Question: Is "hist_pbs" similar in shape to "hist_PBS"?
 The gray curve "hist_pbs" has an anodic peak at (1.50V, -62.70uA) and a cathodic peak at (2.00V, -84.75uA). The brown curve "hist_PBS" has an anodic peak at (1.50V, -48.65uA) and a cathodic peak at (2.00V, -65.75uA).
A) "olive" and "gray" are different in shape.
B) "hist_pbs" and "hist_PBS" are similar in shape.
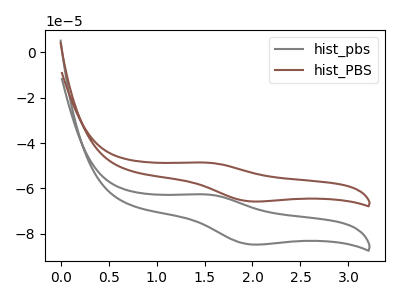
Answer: <think>All the peaks in "hist_pbs" have a peak in "hist_PBS" at the same potential.
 </think>
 <answer>B) "hist_pbs" and "hist_PBS" are similar in shape.</answer>
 <eval>B</eval>